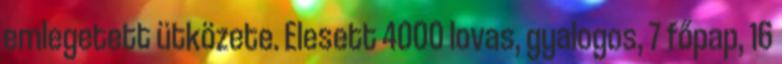
emlegetett ütközete. Elesett 4000 lovas, gyalogos, 7 főpap, 16